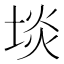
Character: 埮